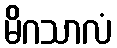
မိဂသာလံ